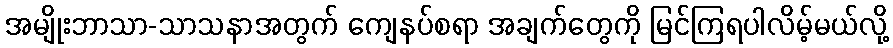
အမျိုးဘာသာ-သာသနာအတွက် ကျေနပ်စရာ အချက်တွေကို မြင်ကြရပါလိမ့်မယ်လို့